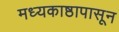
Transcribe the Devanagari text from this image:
मध्यकाष्ठापासून